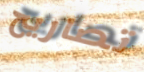
تصاريح